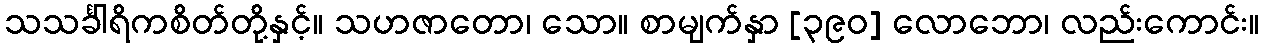
သသင်္ခါရိကစိတ်တို့နှင့်။ သဟဇာတော၊ သော။ စာမျက်နှာ [၃၉၀] လောဘော၊ လည်းကောင်း။